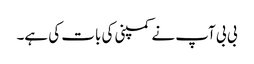
بی بی آپ نے کمپنی کی بات کی ہے۔